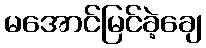
မအောင်မြင်ခဲ့ချေ